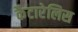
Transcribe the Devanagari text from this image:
कैटारेलिस